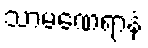
သာမဏေရာနံ